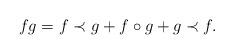
LaTeX: \begin{align*}fg=f\prec g+ f\circ g+g\prec f.\end{align*}